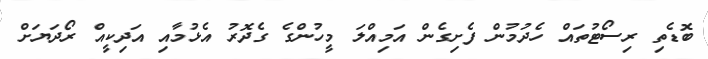
ބޮޑެތި ރިސޯޓުތައް ހެދުމުން ފެށިގެން އަމިއްލަ މީހުންގެ ގެދޮރު އެޅުމާއި އަދިކީއް ރޯދަޔަށް